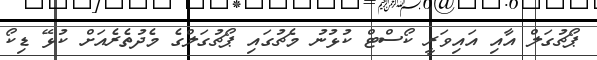
ޕޯޗުގަލް އާއި އައިވަރީ ކޯސްޓް ކުޅުނު މެޗުގައި ޕޯޗުގަލްގެ މެދުތެރެއަށް ކުޅޭ ޑިކޯ